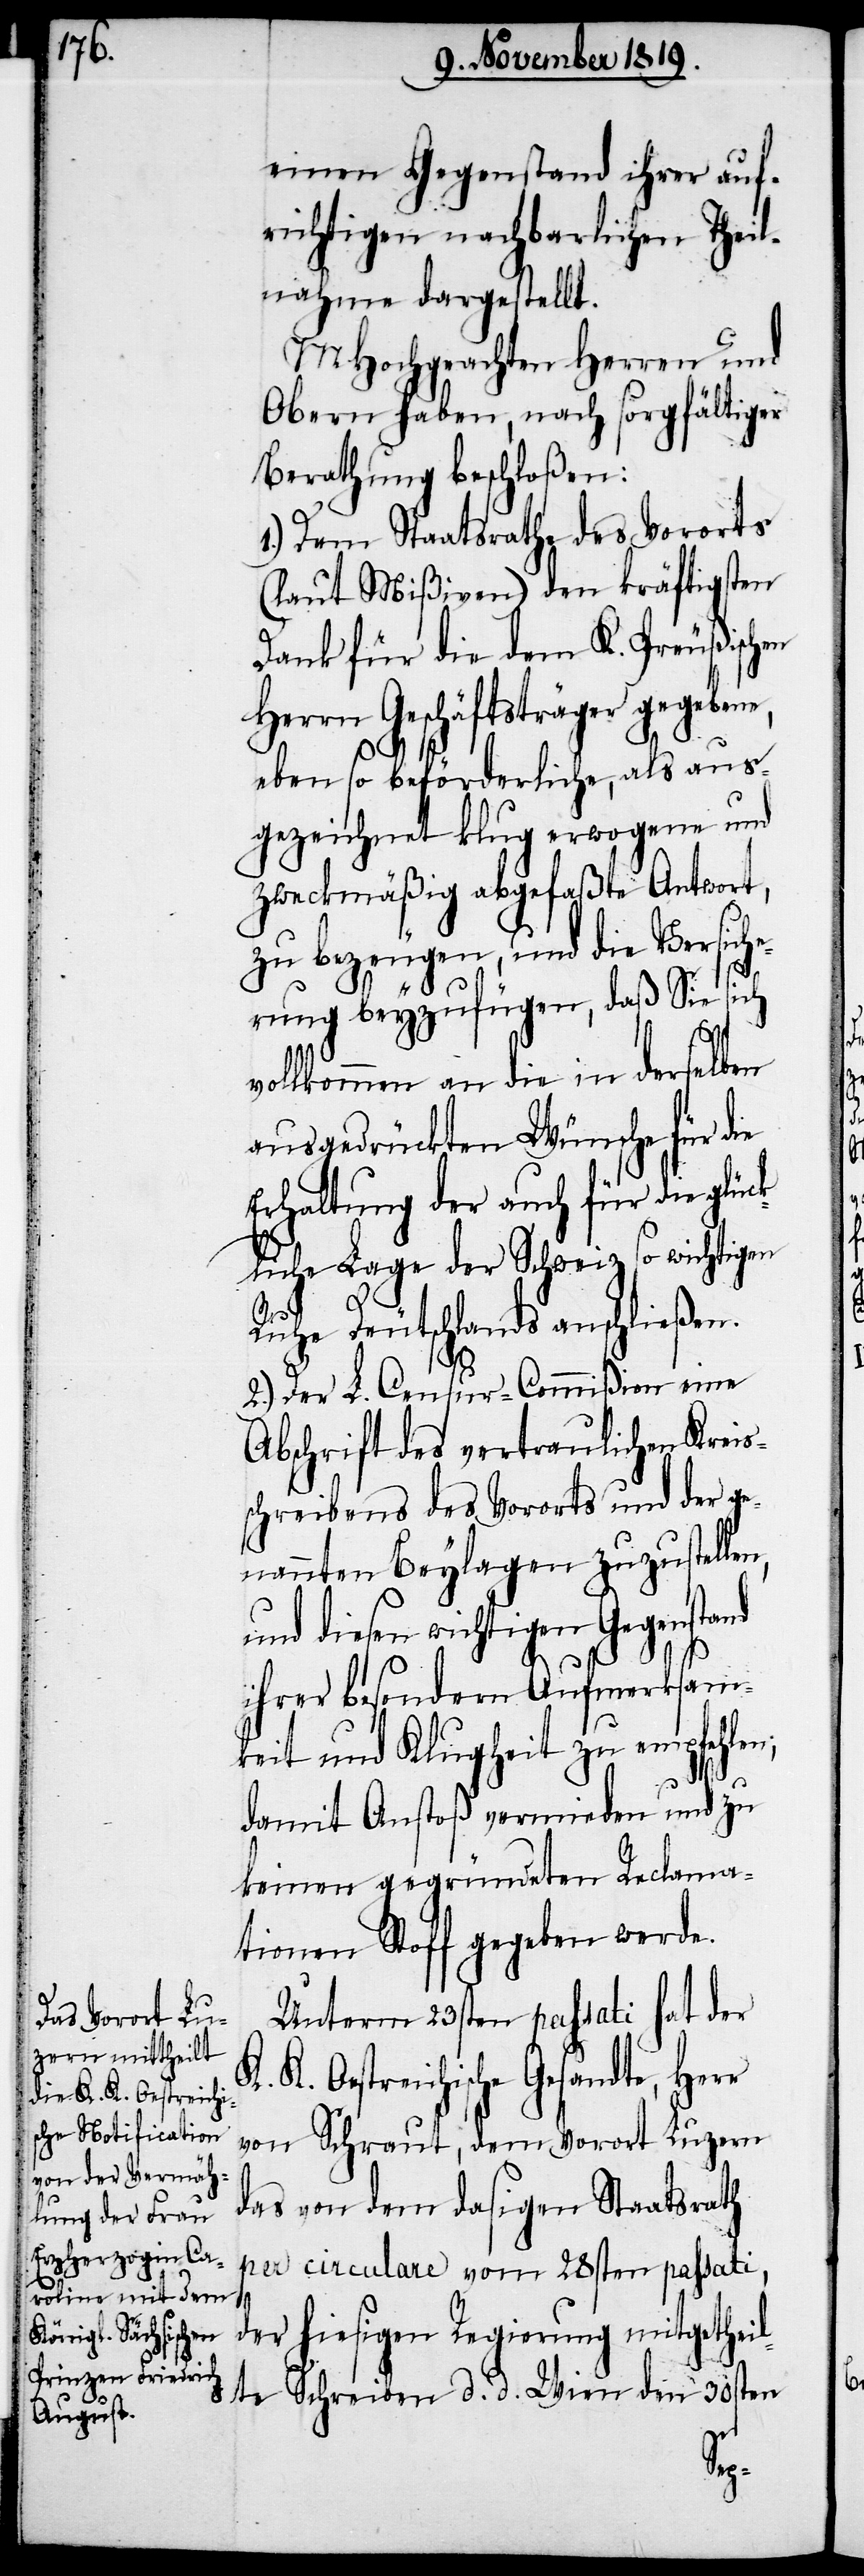
einen Gegenstand ihrer auf¬
richtigen nachbarlichen Theil¬
nahme dargestellt.
MHochgeachten Herren und
Obern haben, nach sorgfältiger
Berathung beschloßen:
1.) Dem Staatsrath des Vororts
(laut Mißiven) den kräftigsten
Dank für die dem K. Preußischen
Herrn Geschäftsträger gegebene,
eben so beförderliche, als aus¬
gezeichnet klug erwogene und
zweckmäßig abgefaßte Antwort,
zu bezeugen, und die Versich¬
erung beyzufügen, daß Sie sich
vollkommen an die in derselben
ausgedrückten Wünsche für die
Erhaltung der auch für die glüc¬
kliche Lage der Schweiz so wichtigen
Ruhe Deutschlands anschließen.
2.) Der L. Censur-Commißion eine
Abschrift des vertraulichen Kreis¬
schreibens des Vororts und der ge¬
nannten Beylagen zuzustellen,
und diesen wichtigen Gegenstand
K.
ihrer besondern Aufmerksam¬
keit und Klugheit zu empfehlen;
damit Anstoß vermieden und zu
keinen gegründeten Reclama¬
tionen Stoff gegeben werde.
Unterm 23sten passati hat der
K. Oestreichische Gesandte, Herr
von Schraut, dem Vorort Luzern
das von dem dasigen Staatsrath
per circulare vom 28sten passati,
der hiesigen Regierung mitgetheil¬
te Schreiben d. d. Wien den 30sten